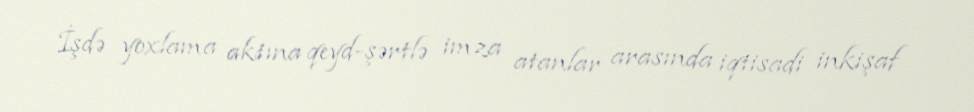
İşdə yoxlama aktına qeyd-şərtlə imza atanlar arasında iqtisadi inkişaf